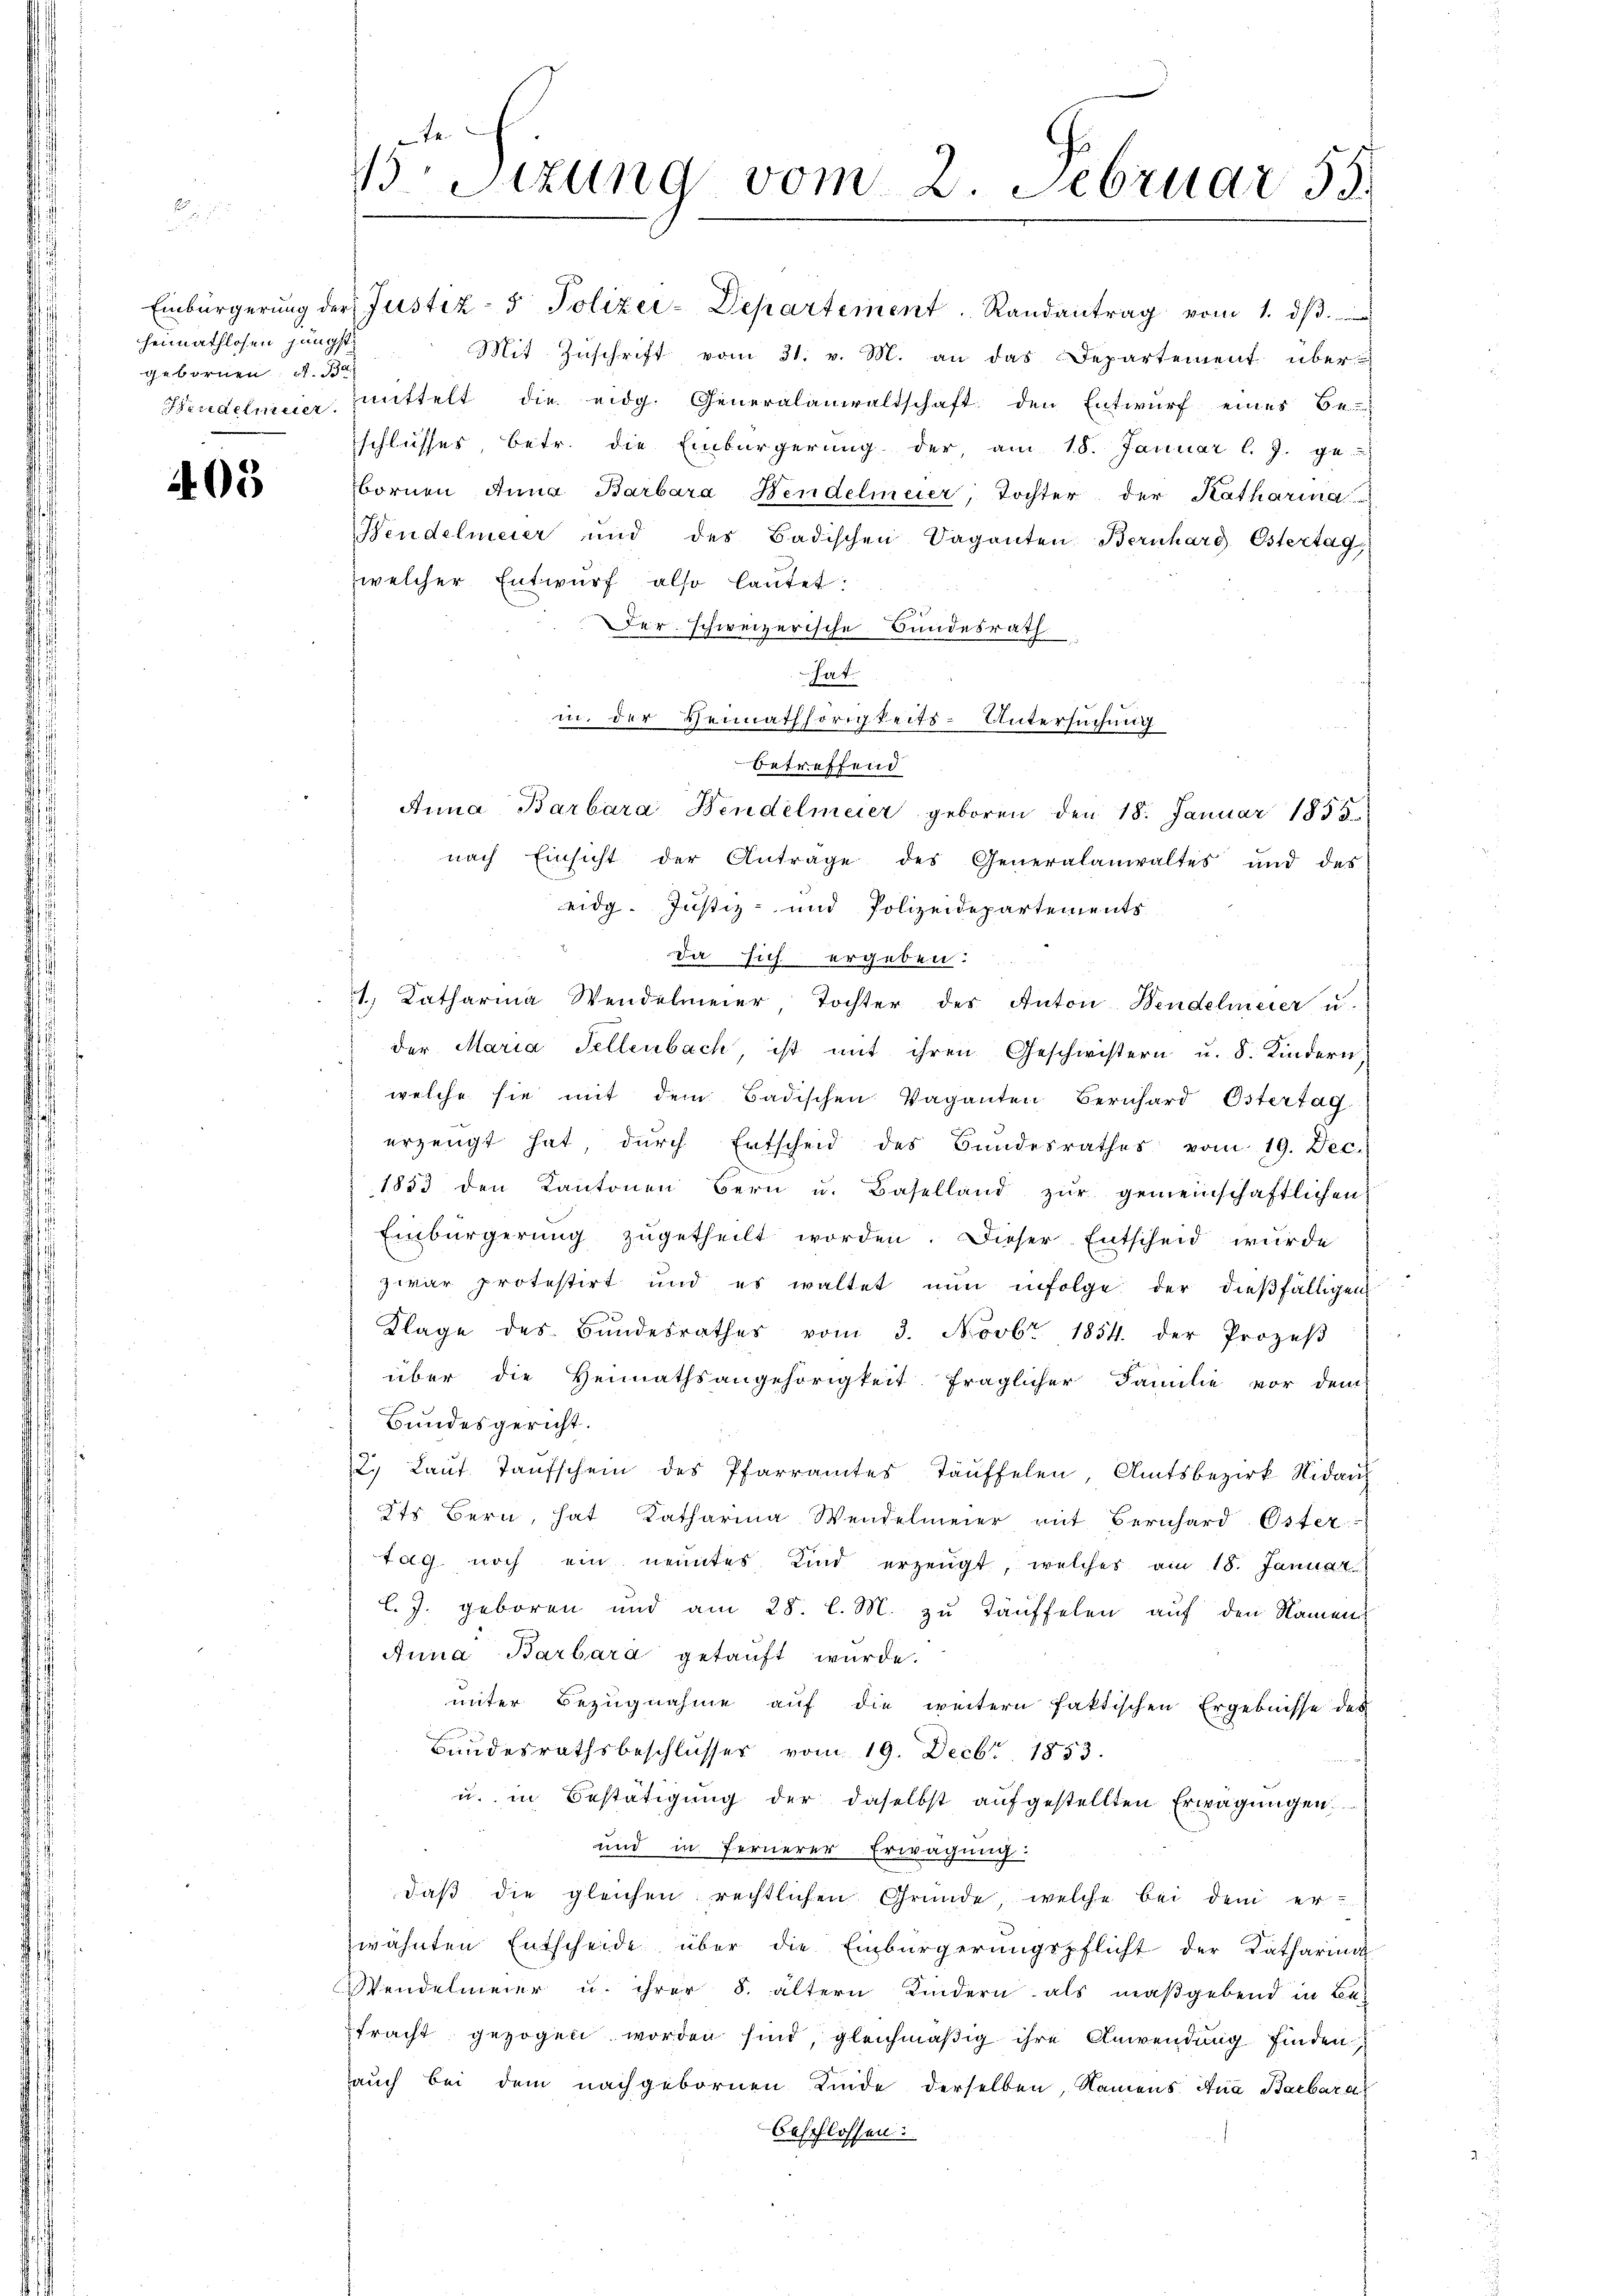
gebornen d. 30

405

Sitzung vom 2. Februar 59

Einbürgerŭng der Justiz- & Polizei-Departement. Randantrag vom 1. dβ.
heimathlosen hängte Mit Zŭschrift vom 31. v. M. an das Departement über¬
Brudelmeier mittelt die eidg. Generalanwaltschaft den Entwurf eines Be-
schlusses, betr. die Einbürgerung der, am 18. Januar l. J. ge-
bornen Anna Barbara Bendelmeier, Tochter der Katharina
Hendelmeier und des Badischen Vaganten Bernhard Ostertag
welcher Entwurf also lautet:
Der schweizerische Bundesrath
hat.
in der Heimathörigkeits-Untersuchung
betreffend
Anna Barbara Bendelmeier geboren den 18. Januar 1853.
nach Einsicht der Antrage des Generalanwaltes und des
eidg. Justiz- und Polizeidepartements
Da sich ergeben.
1. Katharina Wendelmeier, Tochter des Anton-Wendelmeier u.
der Maria Fellenbach ist mit ihren Geschwistern u. 8. Kindern.
welche sie mit dem Badischen Vaganten Bernhard Ostertag.
erzeugt hat, durch Entscheid des Bundesrathes vom 19. Dec.
1853 den Kantonen Bern u. Baselland zur gemeinschaftlichen
Einbürgerŭng zŭgetheilt worden. Dieser Entscheid würde
zwar protestirt und es waltet nŭn infolge der dießfälligen
Klage des Bundesrathes vom 3. Novbr. 1854. der Prozeβ
über die Heimathsangehörigkeit fraglicher Familie vor dem
d
Bundesgericht.
2. Laŭt. Taŭfschein des Pfarramtes Täuffelen, Amtsbezirk Nidaus
Its Bern, hat Katharina Wendelmeier mit Bernhard Oster
tag noch ein nenntes Kind erzeugt, welches am 18. Januar
l. J. geboren und am 28. l. M. zŭ Täuffelen aŭf den Namen
Anna Barbara getauft wurde.
unter Bezugnahme auf die weitern faktischen Ergebnisse des
Bundesrathsbeschlusser vom 19. Decbr. 1853.
u. in Bestätigung der daselbst aufgestellten Erwägungen
und in fernerer Erwägung:
daβ die gleichen rechtlichen Gründe, welche bei dem er-
zwähnten Entscheide über die Einbürgerungspflicht der Katharina
Wendelmeier u. ihrer S. ältern Kindern als maßgebend in Be-
tracht gezogen worden sind, gleichmäßig ihre Anwendung finden
auch bei dem nachgebornen Kinde derselben, Namens Ana Barbara
beschlossen: